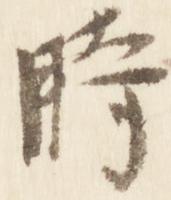
時